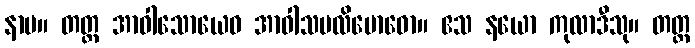
နာမ။ တတ္ထ အာဝါသောယေဝ အာဝါသပလိဗောဓော။ ဧသ နယော ကုလာဒီသု။ တတ္ထ